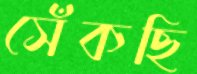
সেঁকছি